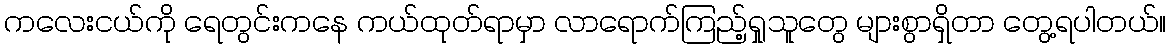
ကလေးငယ်ကို ရေတွင်းကနေ ကယ်ထုတ်ရာမှာ လာရောက်ကြည့်ရှုသူတွေ များစွာရှိတာ တွေ့ရပါတယ်။